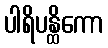
ပါရိပန္ထိကော